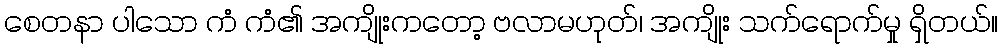
စေတနာ ပါသော ကံ ကံ၏ အကျိုးကတော့ ဗလာမဟုတ်၊ အကျိုး သက်ရောက်မှု ရှိတယ်။